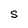
Character: S